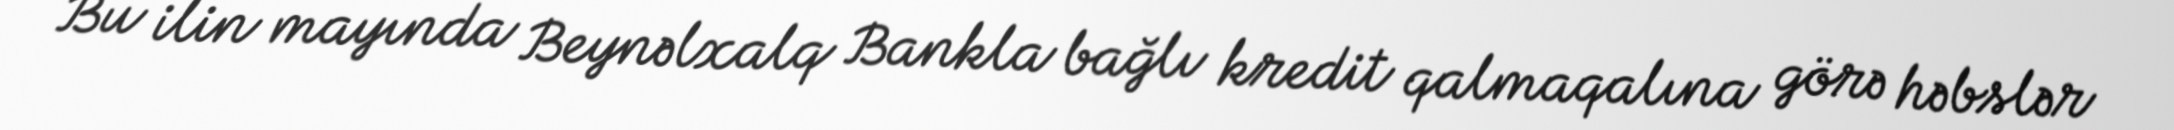
Bu ilin mayında Beynəlxalq Bankla bağlı kredit qalmaqalına görə həbslər